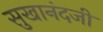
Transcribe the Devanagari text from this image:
सुखानंदजी